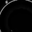
Digit: 8